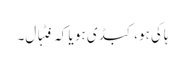
ہاکی ہو، کبڈی ہو یا کہ فٹبال۔